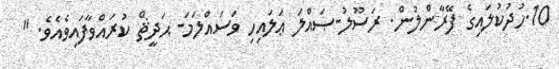
10.ހުދުކުލައިގެ ފޭރާންލުން. ރަސޫލު-ޞައްލަ ޢަލައިހި ވަސައްލަމަ- ޙަދީޘް ކުރައްވާފައިވެއެވެ. "